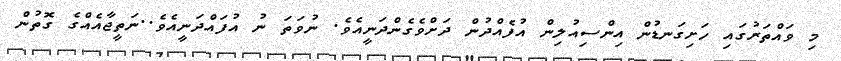
މި ވައްތަރުގައި ހަށިގަނޑުން އިންސިއުލިން އުފެއްދުން ދަށްވެގެންދަނީއެވެ. ނުވަތަ ނު އުފައްދަނީއެވެ..ނަތީޖާއެއްގެ ގޮތުން